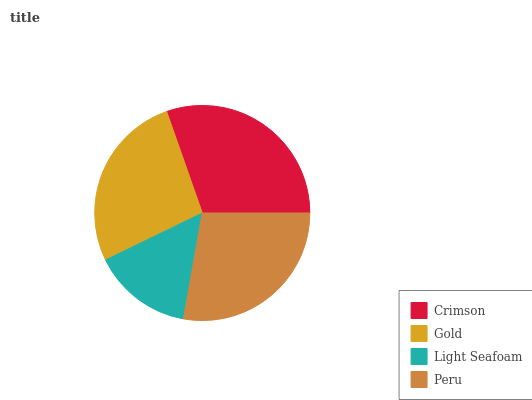
| Crimson | Gold | Light Seafoam | Peru |
 | --- | --- | --- | --- |
 | 30.4% | 26.9% | 15% | 27.8% |